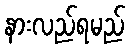
နားလည်ရမည်